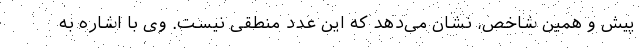
پیش و همین شاخص، نشان می‌دهد که این عدد منطقی نیست. وی با اشاره به